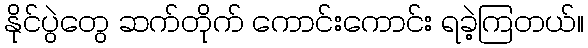
နိုင်ပွဲတွေ ဆက်တိုက် ကောင်းကောင်း ရခဲ့ကြတယ်။